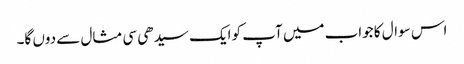
اس سوال کا جواب میں آپ کو ایک سیدھی سی مثال سے دوں گا۔